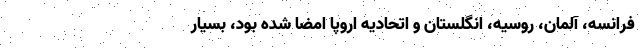
فرانسه، آلمان، روسیه، انگلستان و اتحادیه اروپا امضا شده بود، بسیار